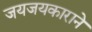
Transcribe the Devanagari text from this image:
जयजयकाराने